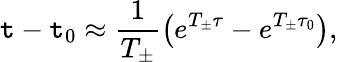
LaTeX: \mathtt{t}-\mathtt{t}_{0}\approx\frac{{1}}{{T_{\pm}}}\left(e^{T_{\pm}\tau}-e^{T_{\pm}\tau_{0}}\right),